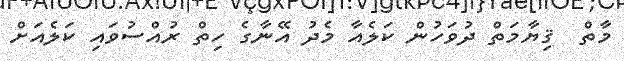
މާތް  ޤިޔާމަތް ދުވަހުން ކަލެއާ މެދު އޭނާގެ ހިތް ރުއްސުވައި ކަލެއަށް